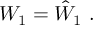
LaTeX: { \cal W } _ { 1 } = \hat { { \cal W } } _ { 1 } \ .